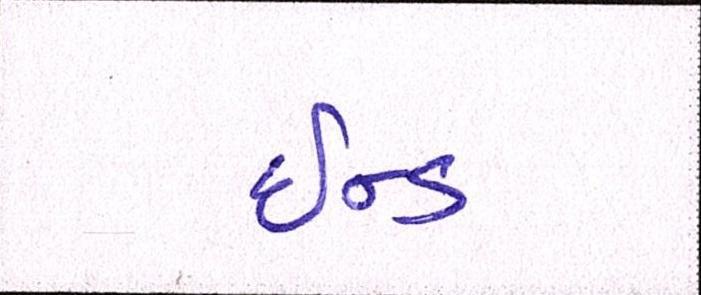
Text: ઇન્ડ